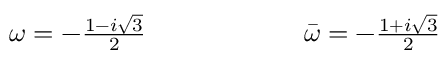
\begin{array} { r } { \omega = - \frac { 1 - i \sqrt { 3 } } { 2 } \qquad \qquad \qquad \bar { \omega } = - \frac { 1 + i \sqrt { 3 } } { 2 } } \end{array}